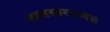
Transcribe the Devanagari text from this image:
षडजस्तरापर्यंत